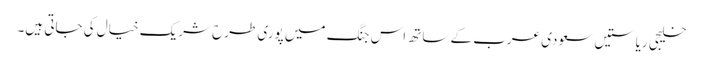
خلیجی ریاستیں سعودی عرب کے ساتھ اس جنگ میں پوری طرح شریک خیال کی جاتی ہیں۔